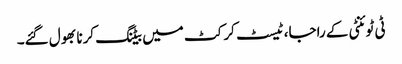
ٹی ٹوئنٹی کے راجا، ٹیسٹ کرکٹ میں بیٹنگ کرنا بھول گئے۔